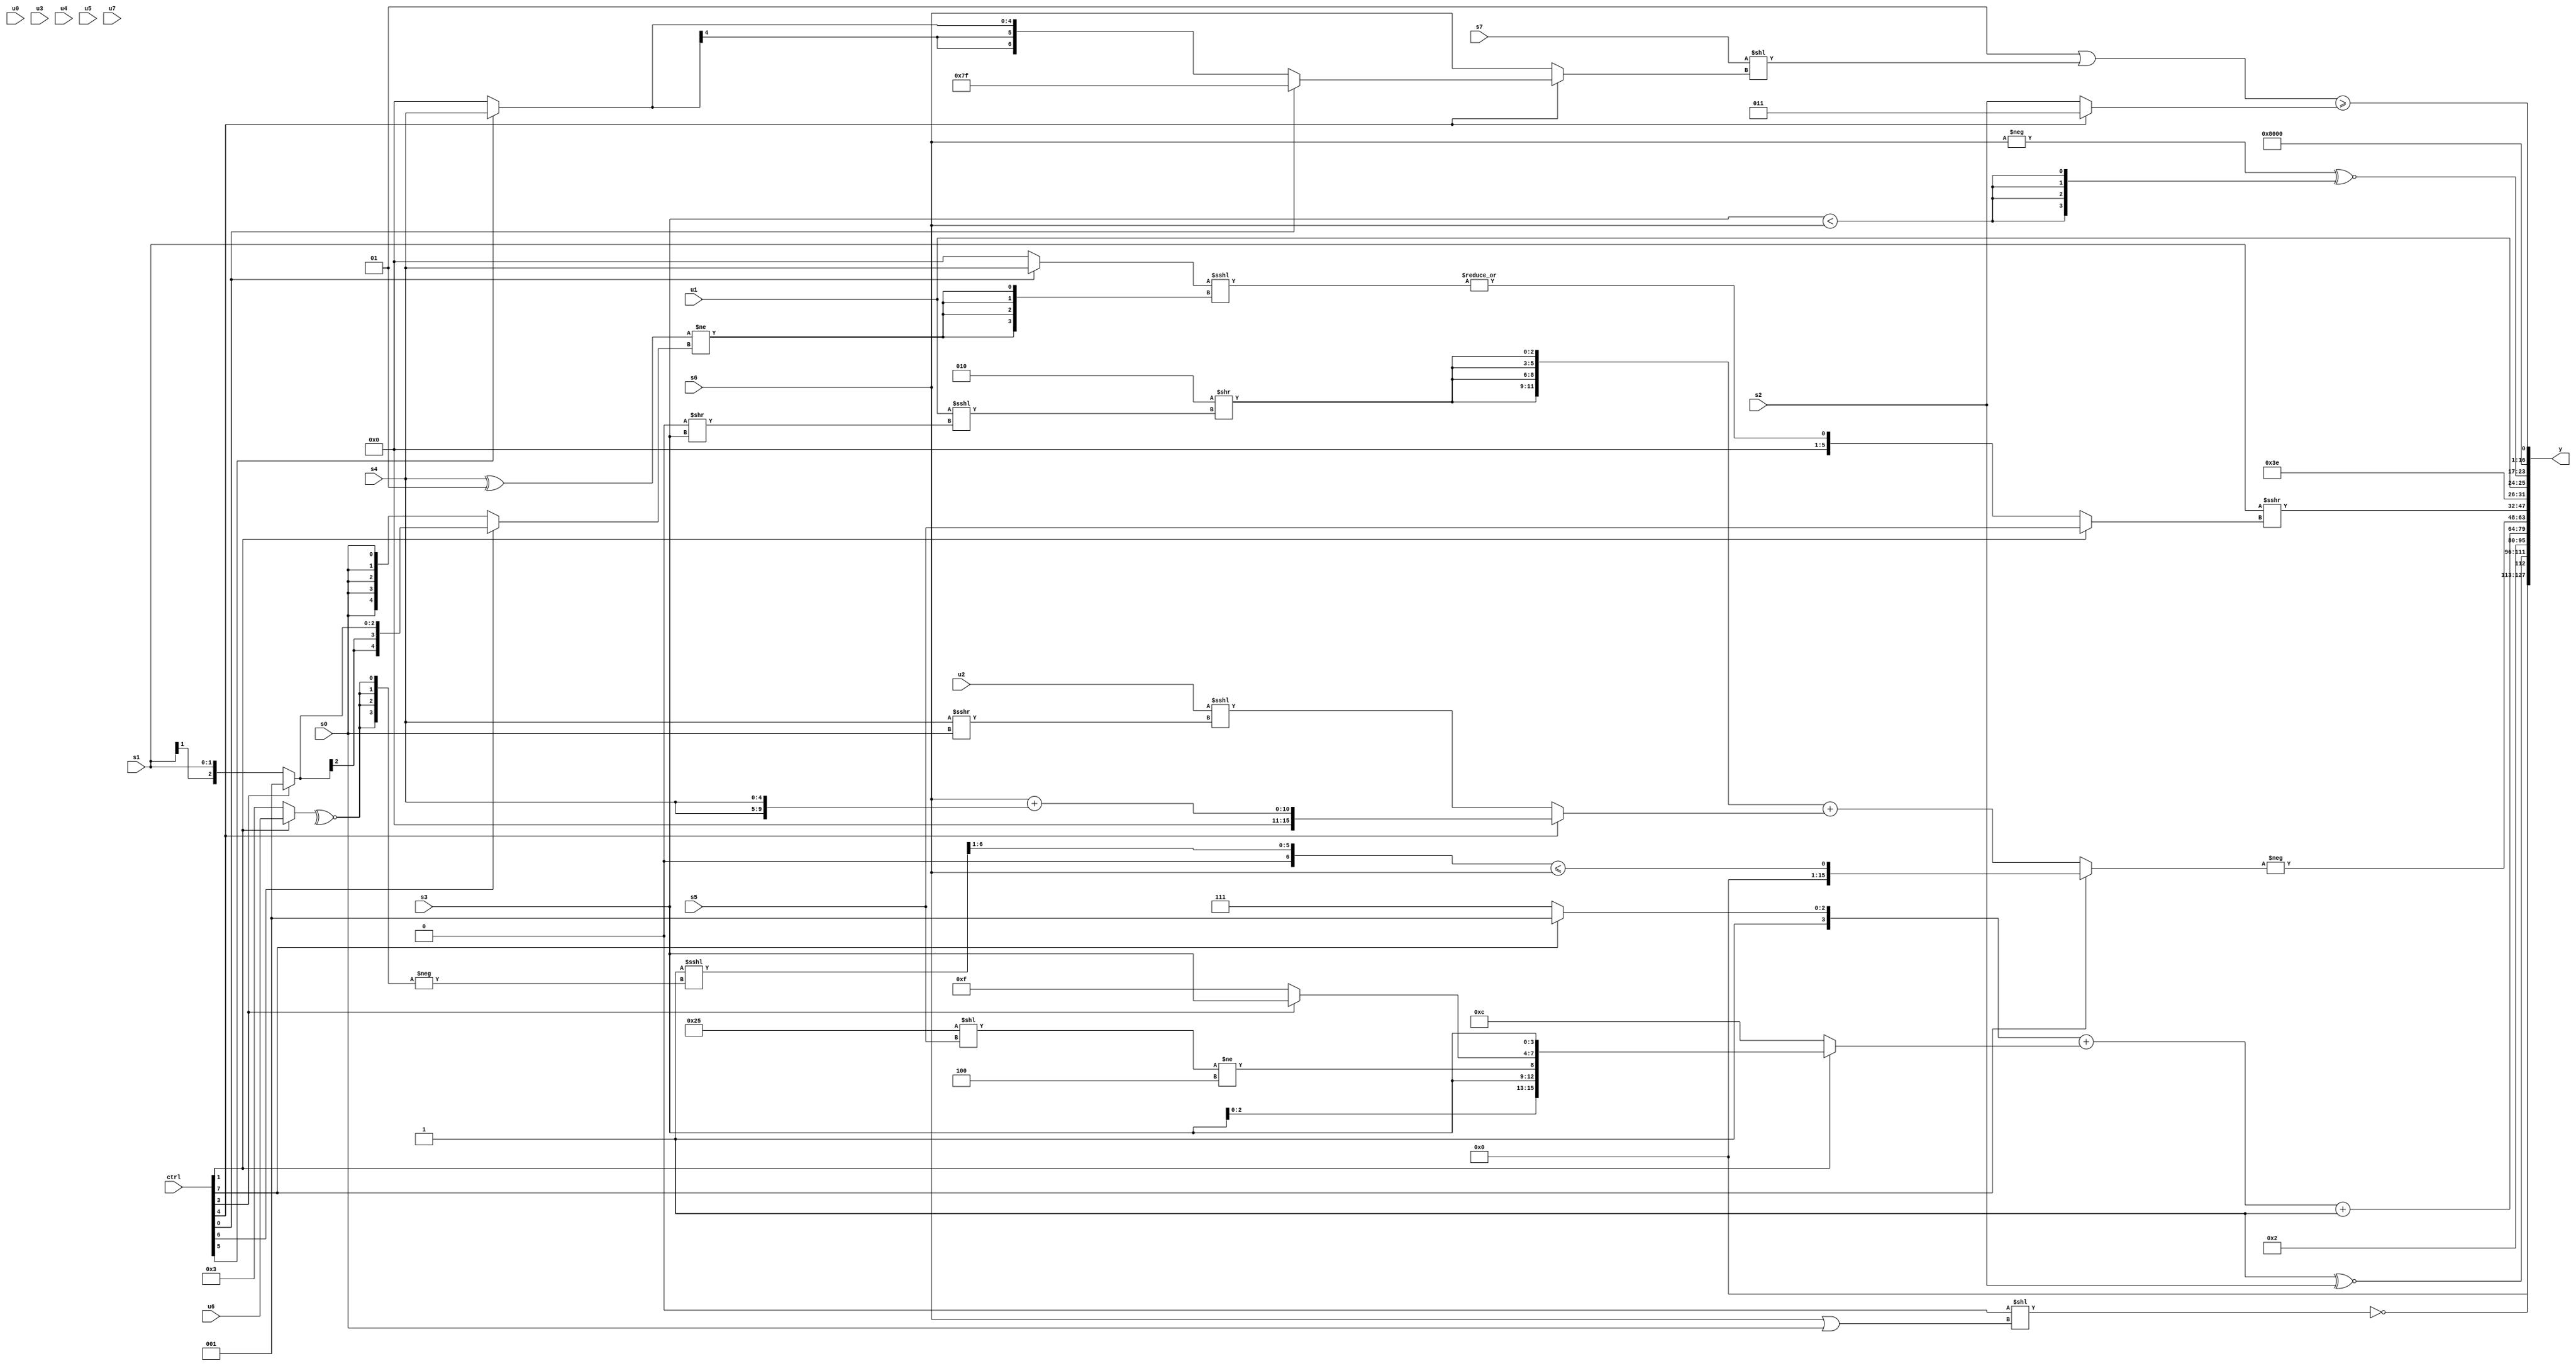
module wideexpr_00370(ctrl, u0, u1, u2, u3, u4, u5, u6, u7, s0, s1, s2, s3, s4, s5, s6, s7, y);
  input [7:0] ctrl;
  input [0:0] u0;
  input [1:0] u1;
  input [2:0] u2;
  input [3:0] u3;
  input [4:0] u4;
  input [5:0] u5;
  input [6:0] u6;
  input [7:0] u7;
  input signed [0:0] s0;
  input signed [1:0] s1;
  input signed [2:0] s2;
  input signed [3:0] s3;
  input signed [4:0] s4;
  input signed [5:0] s5;
  input signed [6:0] s6;
  input signed [7:0] s7;
  output [127:0] y;
  wire [15:0] y0;
  wire [15:0] y1;
  wire [15:0] y2;
  wire [15:0] y3;
  wire [15:0] y4;
  wire [15:0] y5;
  wire [15:0] y6;
  wire [15:0] y7;
  assign y = {y0,y1,y2,y3,y4,y5,y6,y7};
  assign y0 = ~|($unsigned((1'sb0)<<((s6)|(s0))));
  assign y1 = (2'sb11)^~(s2);
  assign y2 = 5'sb00010;
  assign y3 = (((ctrl[7]?6'sb001001:4'sb1111))+({1{$signed((ctrl[1]?({$signed({3{s3}}),((6'sb100101)<<(s5))!=((4'sb1001)>>>(3'sb001)),{(ctrl[3]?s3:4'sb1111),$signed(s3)}})<<(((5'sb01101)<<(s5))<<(4'sb1000)):4'sb1100))}}))+($signed(1'b1));
  assign y4 = -((ctrl[7]?((($signed(($signed((5'sb11100)>>>(1'sb1)))<($signed($signed(4'sb0011)))))<<<(-({4{~^((ctrl[1]?u6:2'sb11))}})))>>(2'sb01))<=(s6):({4{(3'sb010)>>({1{$signed((u1)<<<((6'sb000000)>>(s3)))}})}})+((ctrl[4]?($unsigned(s6))+({2{s4}}):(u2)<<<((s4)>>>(s0))))));
  assign y5 = (s1)>>>((ctrl[1]?s5:+(|(((ctrl[0]?s4:3'sb000))<<<({4{((s4)^((2'sb00)^~(3'sb110)))!=((ctrl[6]?(ctrl[3]?3'sb001:s1):+(s0)))}})))));
  assign y6 = {+({~|((s4)-(s0)),6'sb111110,u1}),(-($signed(s6)))^~({4{($signed(s3))<($signed(s6))}}),1'sb1};
  assign y7 = $unsigned(((3'sb001)|(($signed(s7))<<((ctrl[4]?(ctrl[0]?1'sb1:(ctrl[5]?s4:1'sb0)):s6))))>=((ctrl[4]?3'sb011:s2)));
endmodule